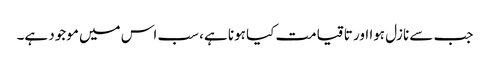
جب سے نازل ہوا اور تا قیامت کیا ہونا ہے، سب اس میں موجود ہے۔